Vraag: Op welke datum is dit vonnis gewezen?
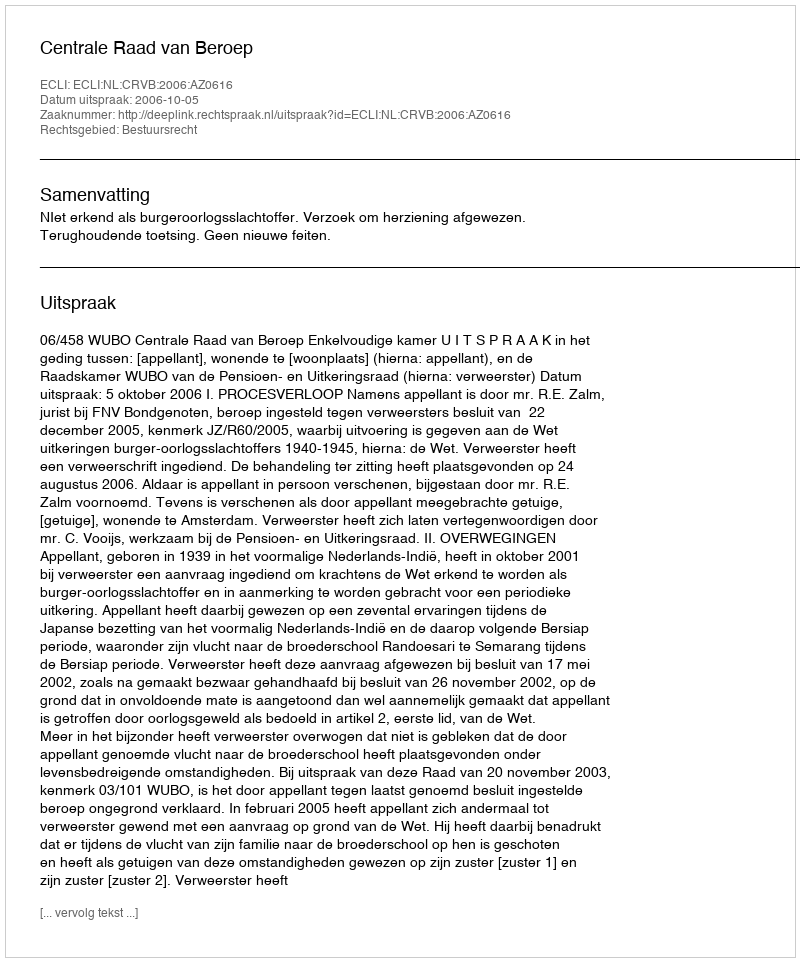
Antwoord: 2006-10-05